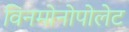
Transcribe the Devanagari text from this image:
विनमोनोपोलेट